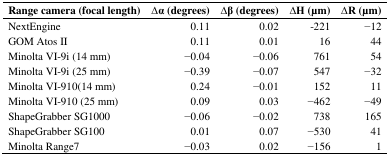
| Range camera (focal length) | Δα (degrees) | Δβ (degrees) | ΔH (μm) | ΔR (μm) |
 | --- | --- | --- | --- | --- |
 | NextEngine | 0.11 | 0.02 | −221 | −12 |
 | GOM Atos II | 0.11 | 0.01 | 16 | 44 |
 | Minolta VI-9i (14 mm) | −0.04 | −0.06 | 761 | 54 |
 | Minolta VI-9i (25 mm) | −0.39 | −0.07 | 547 | −32 |
 | Minolta VI-910 (14 mm) | 0.24 | −0.01 | 152 | 11 |
 | Minolta VI-910 (25 mm) | 0.09 | 0.03 | −462 | −49 |
 | ShapeGrabber SG1000 | −0.06 | −0.02 | 738 | 165 |
 | ShapeGrabber SG100 | 0.01 | 0.07 | −530 | 41 |
 | Minolta Range7 | −0.03 | 0.02 | −156 | 1 |